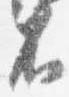
不